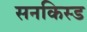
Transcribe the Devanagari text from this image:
सनकिस्ड